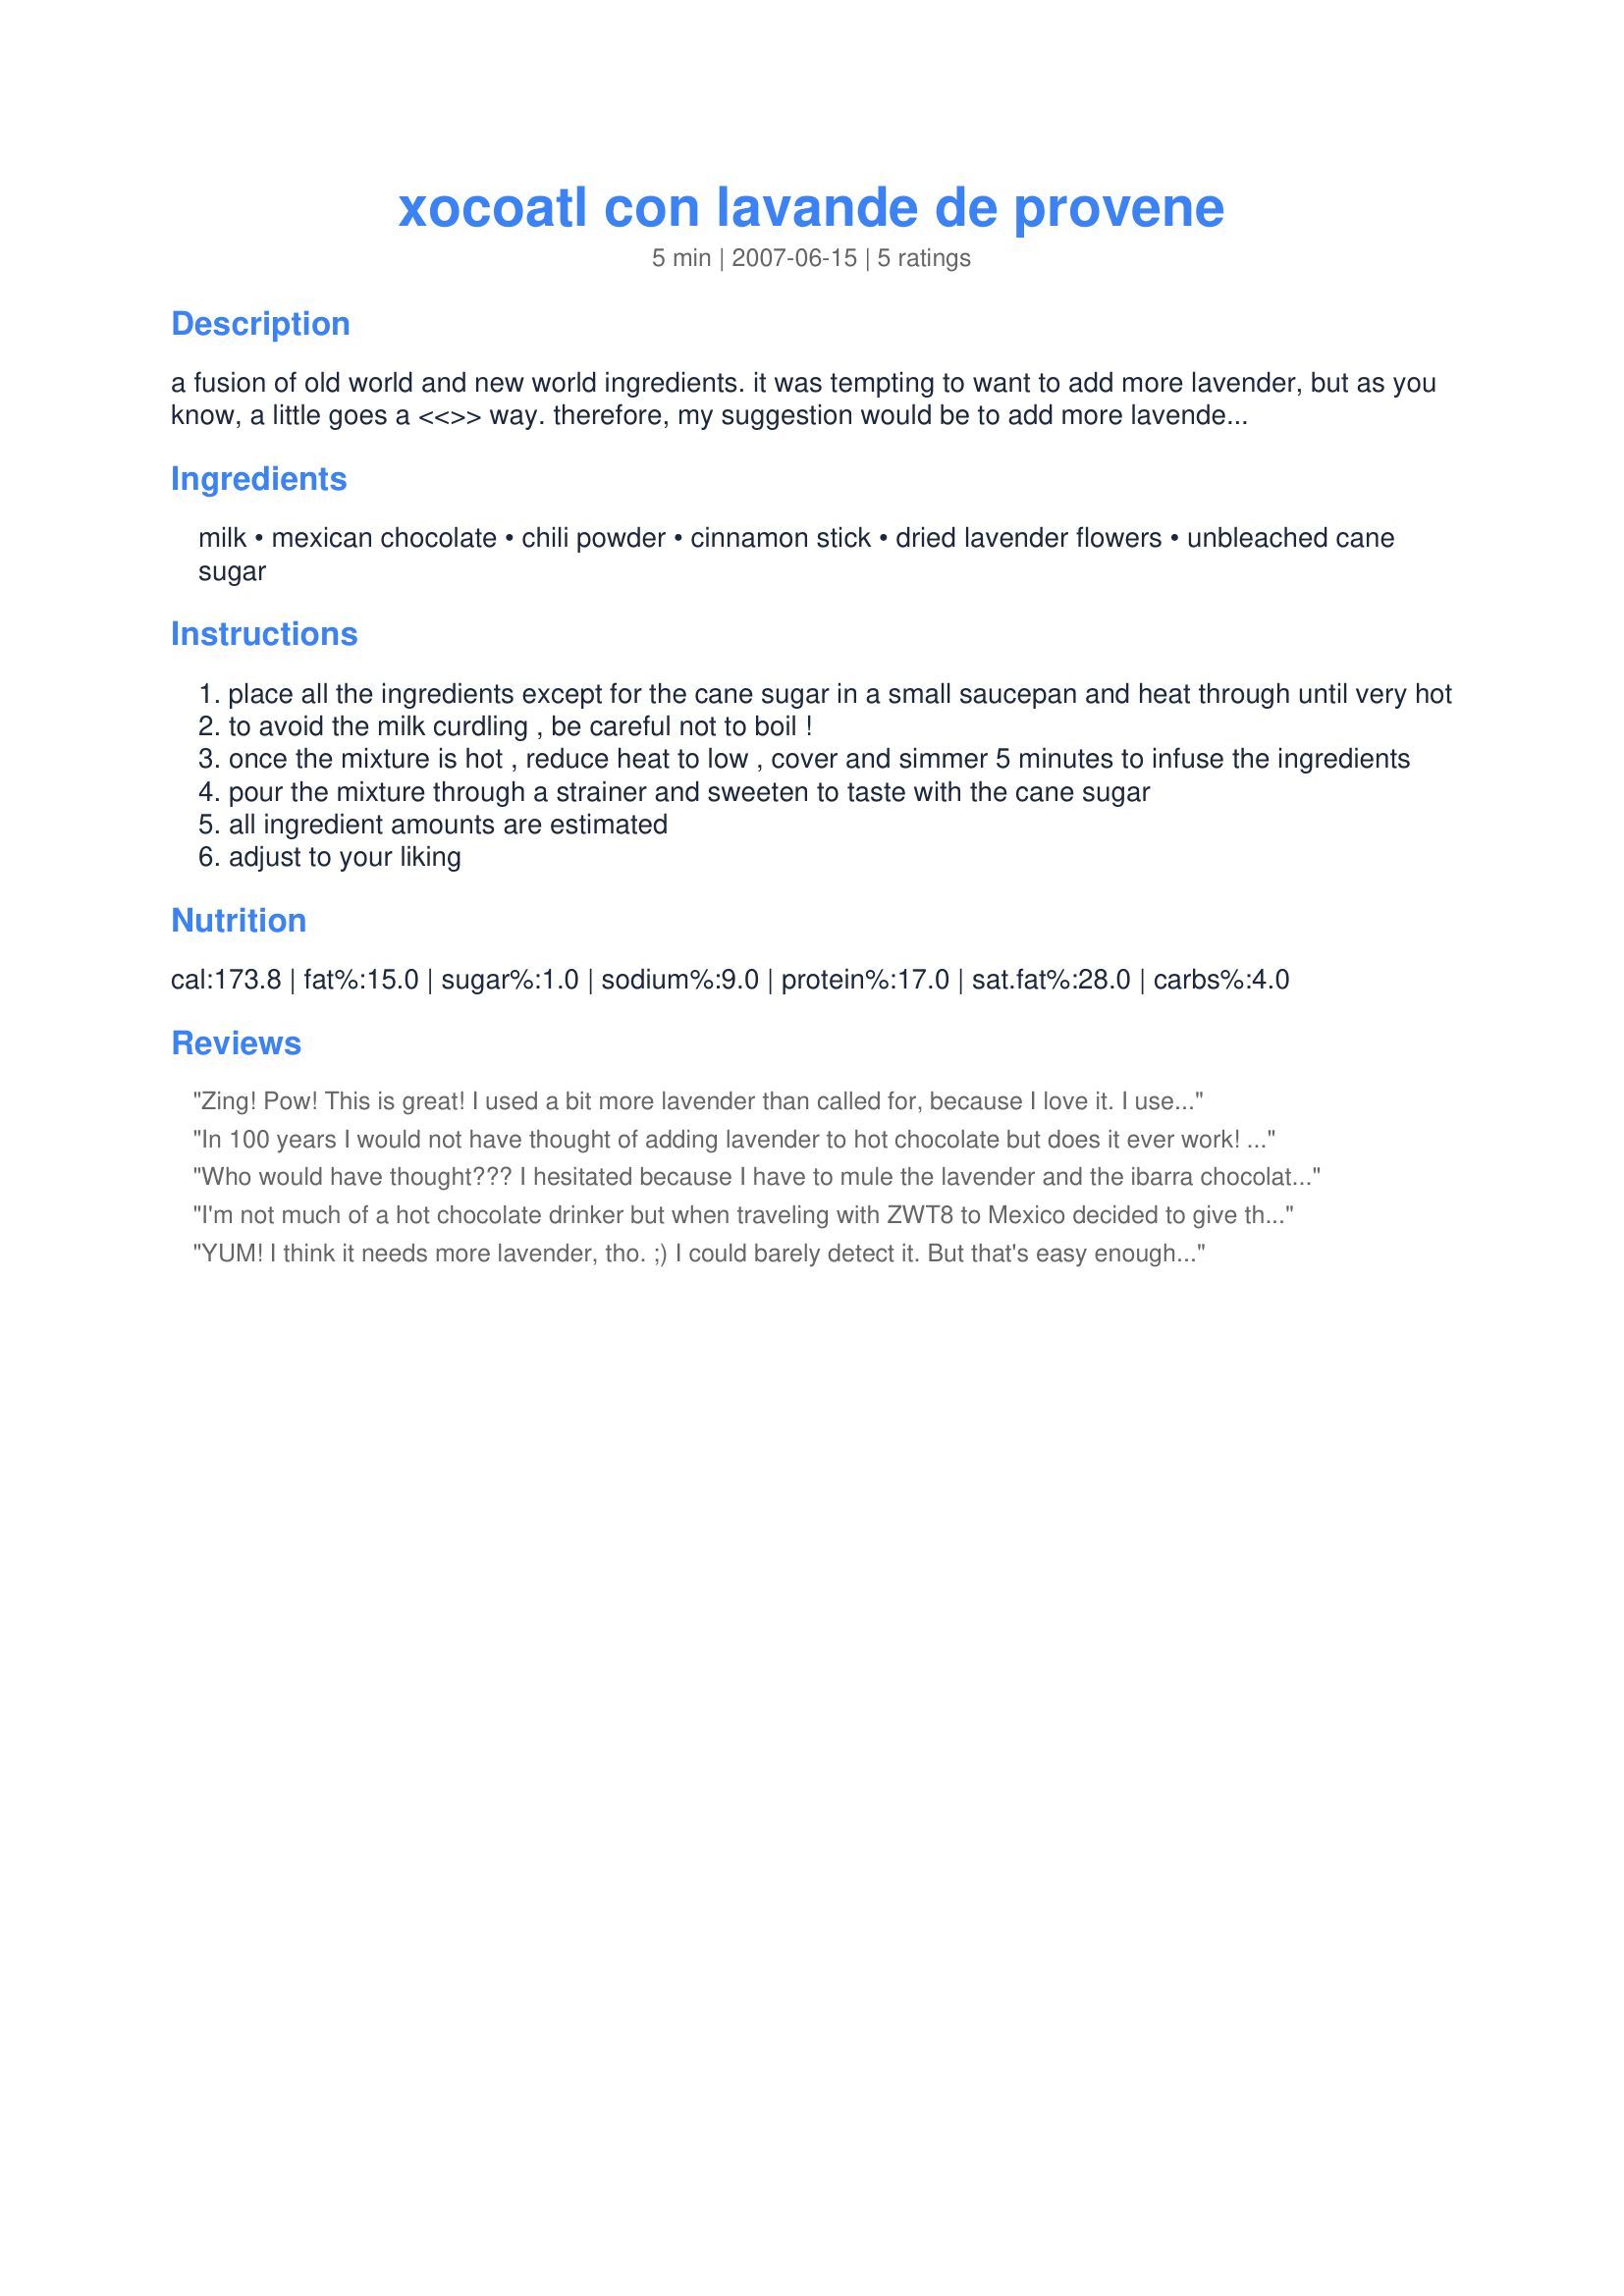
xocoatl con lavande de provene
Preparation time: 5 minutes

a fusion of old world and new world ingredients. it was tempting to want to add more lavender, but as you know, a little goes a <<>> way. therefore, my suggestion would be to add more lavender: at your own risk. shhh! don't mention the secret ingredient unless you're pressured... inspiration from auntiequate.com; my homebrewed version.

Ingredients:
milk, mexican chocolate, chili powder, cinnamon stick, dried lavender flowers, unbleached cane sugar

Steps:
place all the ingredients except for the cane sugar in a small saucepan and heat through until very hot
to avoid the milk curdling , be careful not to boil !
once the mixture is hot , reduce heat to low , cover and simmer 5 minutes to infuse the ingredients
pour the mixture through a strainer and sweeten to taste with the cane sugar
all ingredient amounts are estimated
adjust to your liking

Reviews:
Zing! Pow! This is great! I used a bit more lavender than called for, because I love it. I used chipotle chili powder, which gave it a smoky flavor and the aforementioned Zing! I skipped the added sugar at the end, because I find Ibarra to be plenty sweet. Will be making this often! Made for TOP FAVORITES of 2009 COOKBOOKS TAG GAME
In 100 years I would not have thought of adding lavender to hot chocolate but does it ever work! Don't know the exact amount that I added, I just took a good pinch and rubbed it between my palms. Used 2 cinnamon sticks mainly because I'm a cinnamaholic along with 1/4 tsp of chili powder. This is a smooth, creamy feeling (even using skim milk!) cup of luxury. :D
Who would have thought??? I hesitated because I have to mule the lavender and the ibarra chocolate in from the States, so I'm very frugal with them! The lavender was just lovely and the chile powder added just the right bite. I would never have dreamed up this combination of ingredients. The ibarra chocolate is way sweet, so used only about 1/2 tsp of the cane sugar (which I dearly love!). Thanks for posting an unusual recipe that is truly great! Made for ZWT8 Family Picks.
I'm not much of a hot chocolate drinker but when traveling with ZWT8 to Mexico decided to give this a try after seeing the ingrediants. So glad I did as the addition of the chili powder (I used 1/2 teaspoon) and the lavender - Oh My!! it was so differant and soooo good. I just may now become a hot chocolate lover with this on the menu. I too skipped the sugar, well I have to admit - I FORGOT the sugar but that was fine as it was just sweet enough.
YUM! I think it needs more lavender, tho. ;) I could barely detect it. But that's easy enough to fix next time. I used ancho powder and a whole small cinnamon stick. This was a very nice sendoff to la la land last night & I slept like a baby for the first time in nearly a week. Thank you, CG! Made for ZWT5! Go Kitchen Witches!
